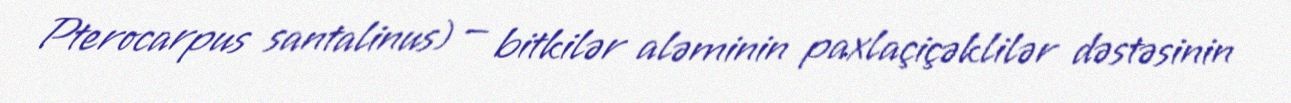
Pterocarpus santalinus) — bitkilər aləminin paxlaçiçəklilər dəstəsinin